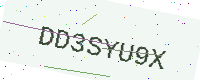
Text: DD3SYU9X